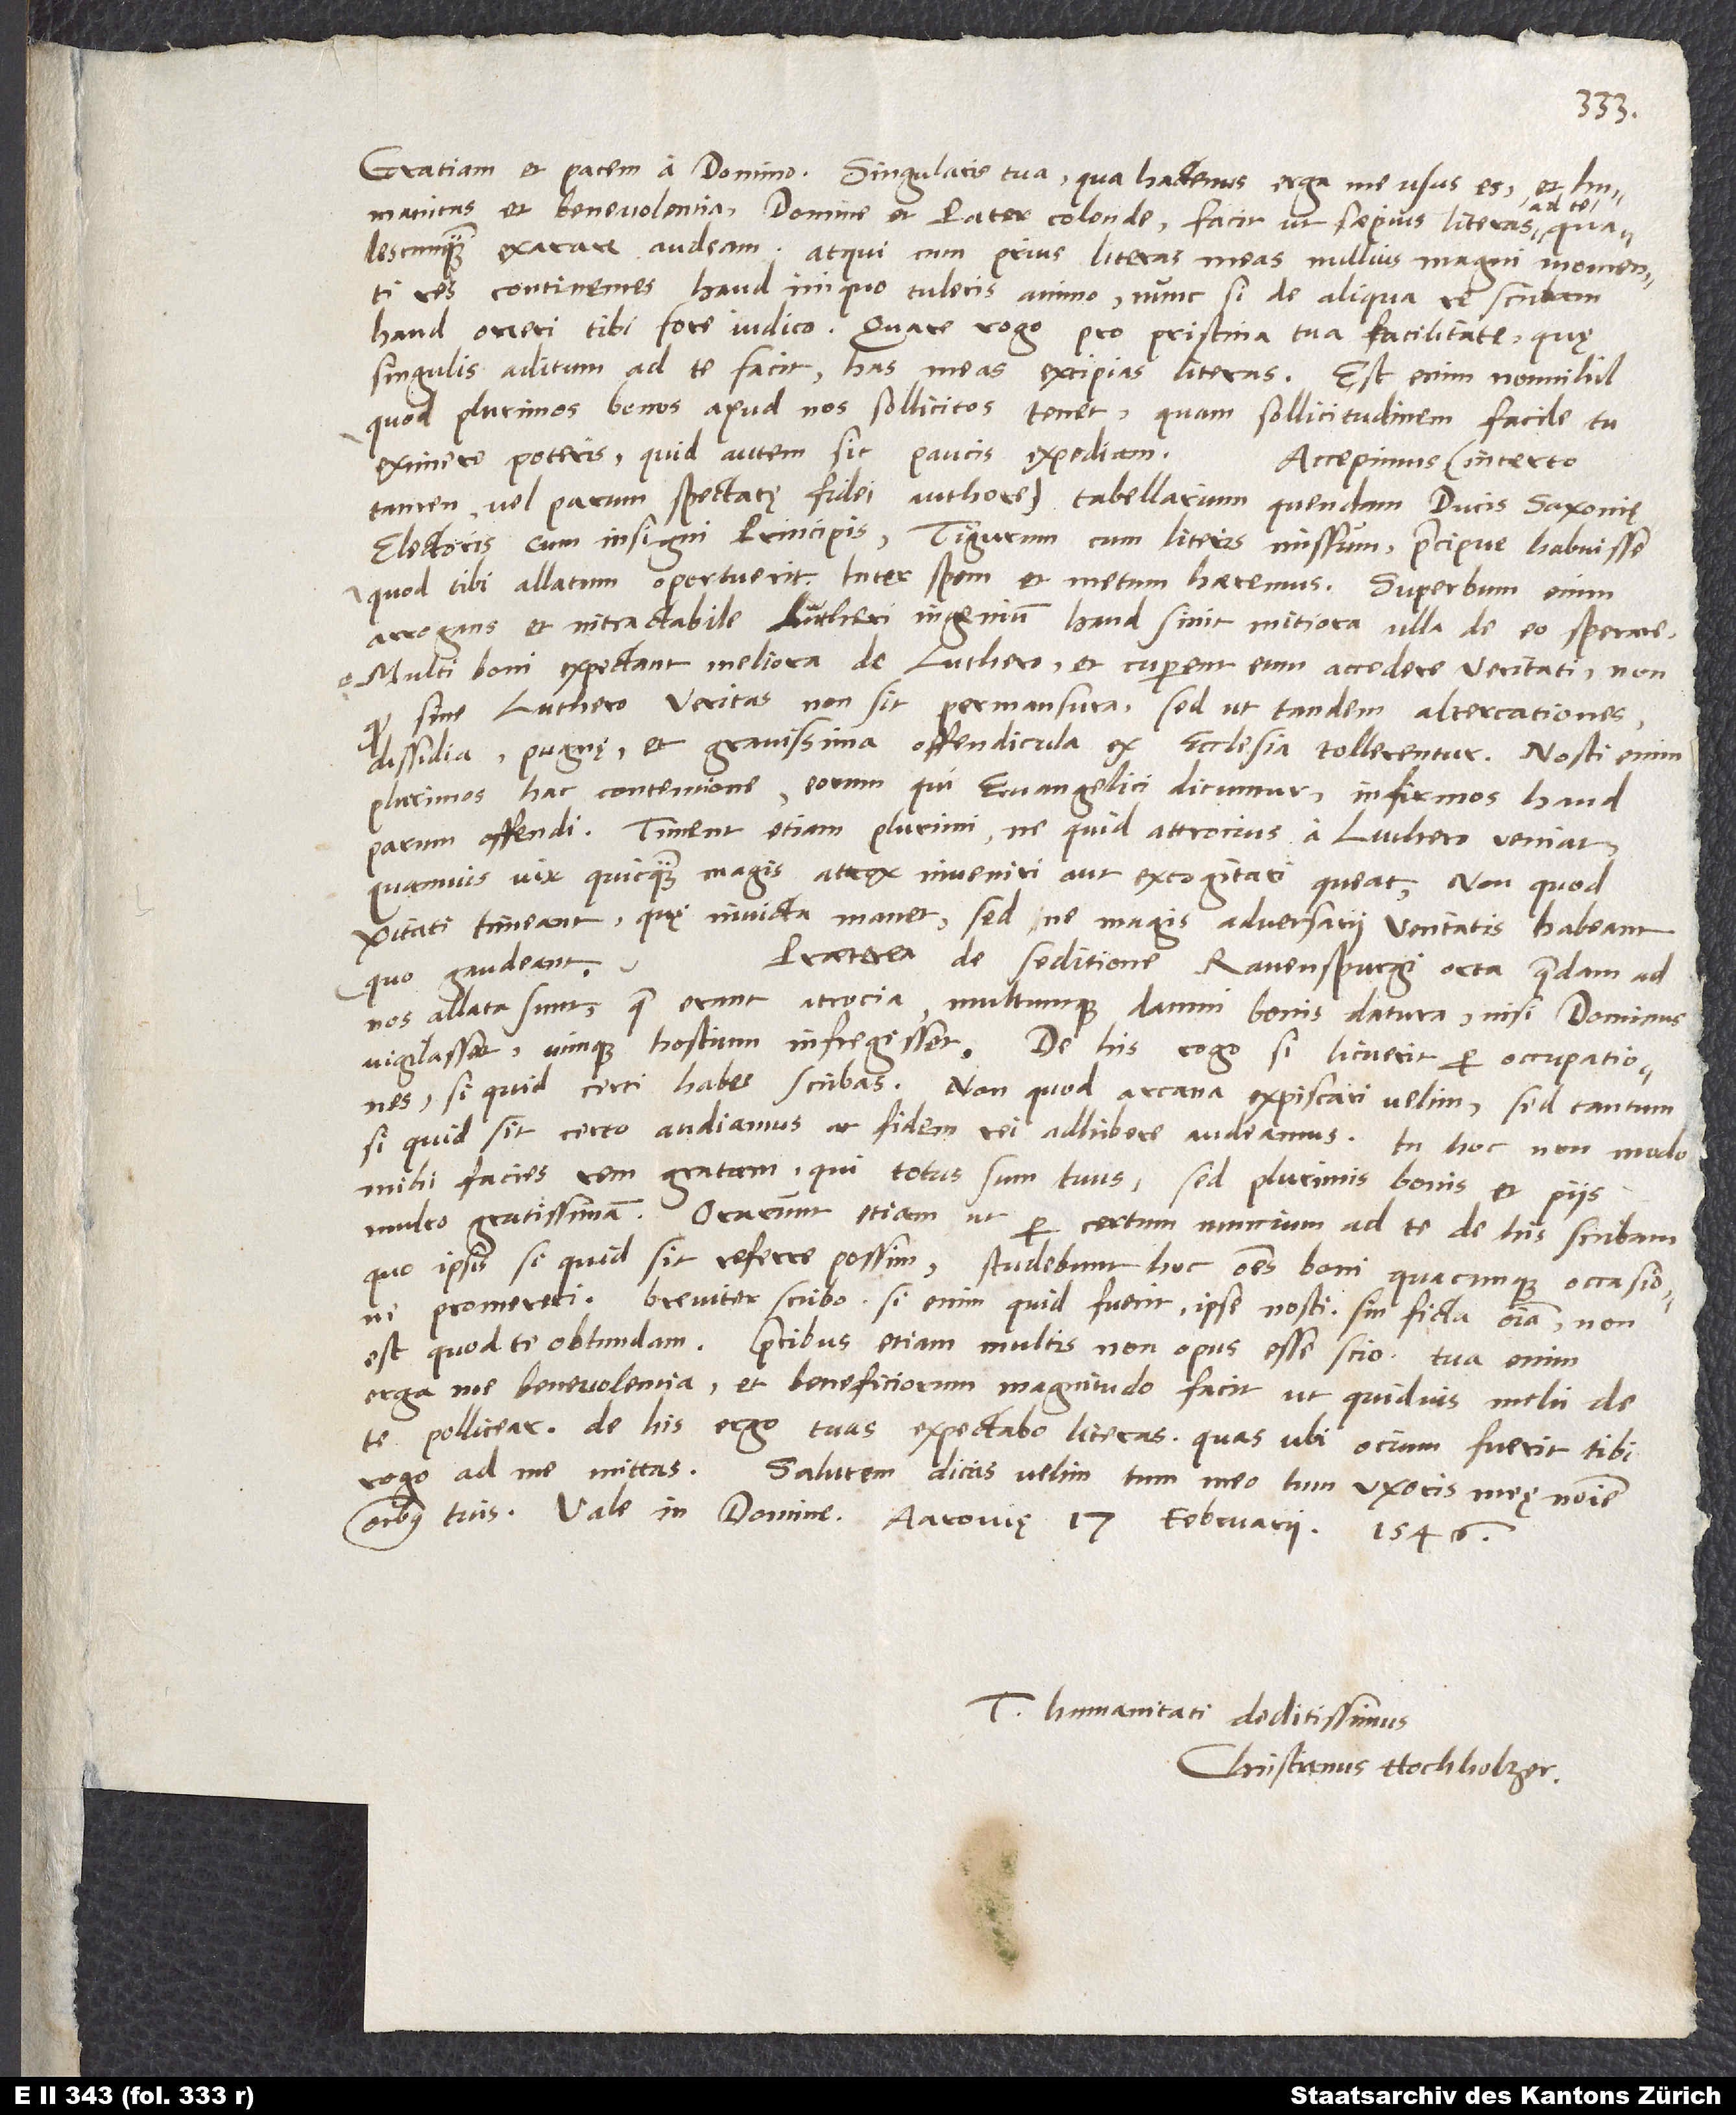
Gratiam et pacem a domino. Singularis tua, qua hactenus erga me usus es, et
humanitas et benevolentia, domine et pater colende, facit, ut saepius literas ad te
qualescunque exarare audeam. Atqui, cum prius literas meas nullius magni momenti
res continentes haud iniquo tuleris animo, nunc, si de aliqua re scribam,
haud oneri tibi fore iudico. Quare rogo pro pristina tua facilitate, quę
singulis aditum ad te facit, has meas excipias literas. Est enim nonnihil,
quod plurimos bonos apud nos sollicitos tenet; quam sollicitudinem facile tu
eximere poteris. Quid autem sit, paucis expediam.
Accepimus (incerto
tamen vel parum spectatę fidei authore) tabellarium quendam ducis Saxonię
electoris cum insigni principis, Tigurum cum literis missum, praecipue habuisse,
quod tibi allatum oportuerit. Inter spem et metum haeremus. Superbum enim,
arrogans et intractabile Lutheri ingenium haud sinit mitiora ulla de eo sperare.
Multi boni expectant meliora de Luthero et cuperent eum accedere veritati; non
quod sine Luthero veritas non sit permansura, sed ut tandem altercationes,
dissidia, pugnę et gravissima offendicula ex ecclesia tollerentur. Nosti enim
plurimos hac contentione eorum, qui evangelici dicuntur, infirmos haud
parum offendi. Timent etiam plurimi, ne quid attrocius a Luthero veniat,
quamvis vix quicquam magis atrox inveniri aut excogitari queat; non quod
veritati timeant, quę invicta manet, sed ne magis adversarii veritatis habeant,
Praeterea de seditione Ravenspurgi orta quaedam ad
quo gaudeant.
nos allata sunt, quae erant atrocia multumque damni bonis datura, nisi dominus
vigilasset vimque hostium infregisset. De his rogo, si licuerit per occupationes,
si quid certi habes, scribas, non quod arcana expiscari velim, sed tantum,
si, quid sit certo, audiamus ac fidem rei adhibere audeamus. In hoc non modo
mihi facies rem gratam, qui totum sum tuus, sed plurimis bonis et piis
multo gratissimam. Orarunt etiam, ut per certum nuncium ad te de his scribam,
quo ipsis, si quid sit, referre possim. Studebunt hoc omnes boni quacunque occasione
promereri. Breviter scribo; si enim quid fuerit, ipse nosti; sin ficta omnia, non
est, quod te obtundam. Precibus etiam multis non opus esse scio. Tua enim
erga me benevolentia et beneficiorum magnitudo facit, ut quidvis mihi de
te pollicear. De his ergo tuas expectabo literas, quas, ubi ocium fuerit tibi,
rogo, ad me mittas. Salutem dicas, velim, tum meo tum uxoris meę nomine
omnibus tuis. Vale in domino. Aarovię, 17. februarii 1546.
Tuae humanitati deditissimus
Christianus Hochholzer.